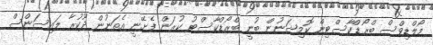
މޯލްޑިވްސް ބްރޯޑްކާސްޓިން ކޮމިޝަނުން ބުނީ ބްރޯޑްކާސްޓު ކުރަން ފެށޭނީ އެތަނުން ދޫކުރާ ލައިސަންސް